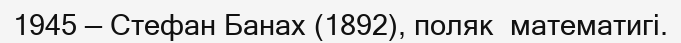
1945 — Стефан Банах (1892), поляк  математигі.